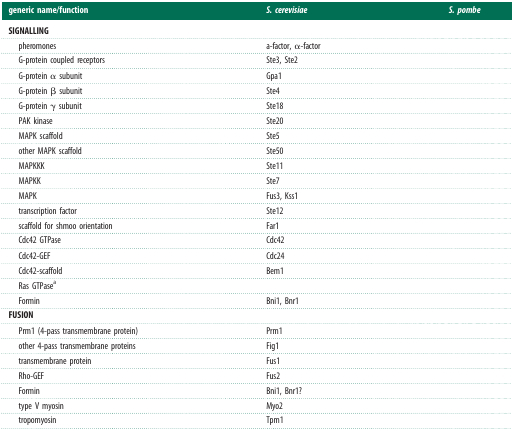
<table><thead><tr><td><b>generic name/function</b></td><td><b><i>S. cerevisiae</i></b></td><td><b><i>S. pombe</i></b></td></tr></thead><tbody><tr><td colspan="3"><b>SIGNALLING</b></td></tr><tr><td> pheromones</td><td>a-factor, α-factor</td><td>[EMPTY_CELL]</td></tr><tr><td> G-protein coupled receptors</td><td>Ste3, Ste2</td><td>[EMPTY_CELL]</td></tr><tr><td> G-protein α subunit</td><td>Gpa1</td><td>[EMPTY_CELL]</td></tr><tr><td> G-protein β subunit</td><td>Ste4</td><td>[EMPTY_CELL]</td></tr><tr><td> G-protein γ subunit</td><td>Ste18</td><td>[EMPTY_CELL]</td></tr><tr><td> PAK kinase</td><td>Ste20</td><td>[EMPTY_CELL]</td></tr><tr><td> MAPK scaffold</td><td>Ste5</td><td>[EMPTY_CELL]</td></tr><tr><td> other MAPK scaffold</td><td>Ste50</td><td>[EMPTY_CELL]</td></tr><tr><td> MAPKKK</td><td>Ste11</td><td>[EMPTY_CELL]</td></tr><tr><td> MAPKK</td><td>Ste7</td><td>[EMPTY_CELL]</td></tr><tr><td> MAPK</td><td>Fus3, Kss1</td><td>[EMPTY_CELL]</td></tr><tr><td> transcription factor</td><td>Ste12</td><td>[EMPTY_CELL]</td></tr><tr><td> scaffold for shmoo orientation</td><td>Far1</td><td>[EMPTY_CELL]</td></tr><tr><td> Cdc42 GTPase</td><td>Cdc42</td><td>[EMPTY_CELL]</td></tr><tr><td> Cdc42-GEF</td><td>Cdc24</td><td>[EMPTY_CELL]</td></tr><tr><td> Cdc42-scaffold</td><td>Bem1</td><td>[EMPTY_CELL]</td></tr><tr><td> Ras GTPase<sup>a</sup></td><td>[EMPTY_CELL]</td><td>[EMPTY_CELL]</td></tr><tr><td> Formin</td><td>Bni1, Bnr1</td><td>[EMPTY_CELL]</td></tr><tr><td colspan="3"><b>FUSION</b></td></tr><tr><td> Prm1 (4-pass transmembrane protein)</td><td>Prm1</td><td>[EMPTY_CELL]</td></tr><tr><td> other 4-pass transmembrane proteins</td><td>Fig1</td><td>[EMPTY_CELL]</td></tr><tr><td> transmembrane protein</td><td>Fus1</td><td>[EMPTY_CELL]</td></tr><tr><td> Rho-GEF</td><td>Fus2</td><td>[EMPTY_CELL]</td></tr><tr><td> Formin</td><td>Bni1, Bnr1?</td><td>[EMPTY_CELL]</td></tr><tr><td> type V myosin</td><td>Myo2</td><td>[EMPTY_CELL]</td></tr><tr><td> tropomyosin</td><td>Tpm1</td><td>[EMPTY_CELL]</td></tr></tbody></table>